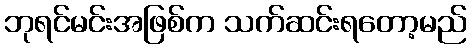
ဘုရင်မင်းအဖြစ်က သက်ဆင်းရတော့မည်